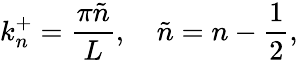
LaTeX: k_{n}^{+}=\frac{\pi\tilde{n}}{L},\quad\tilde{n}=n-\frac{1}{2},